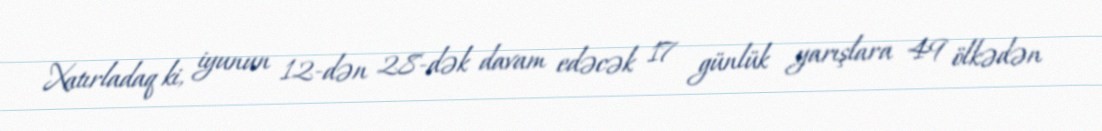
Xatırladaq ki, iyunun 12-dən 28-dək davam edəcək 17 günlük yarışlara 49 ölkədən